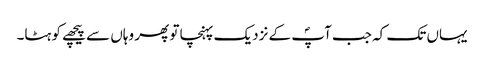
یہاں تک کہ جب آپؐ کے نزدیک پہنچا تو پھر وہاں سے پیچھے کو ہٹا۔